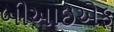
બીઆઇએફ